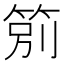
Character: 䇷